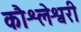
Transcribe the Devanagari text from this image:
कौश्लेश्वरी